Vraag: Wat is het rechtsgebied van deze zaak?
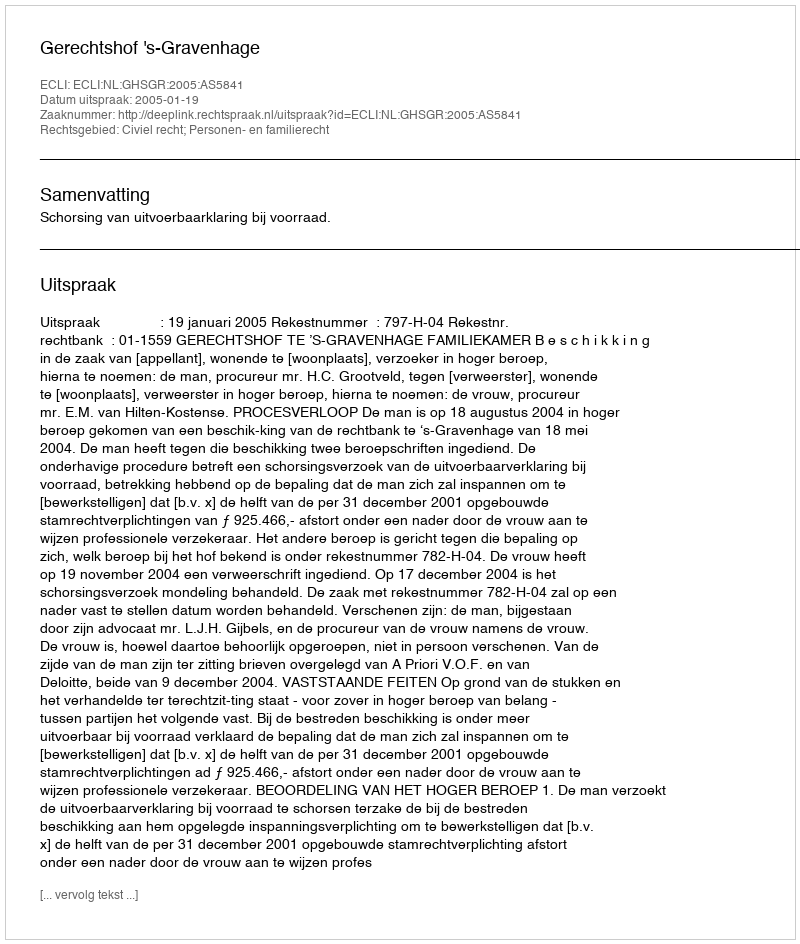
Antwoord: Civiel recht; Personen- en familierecht